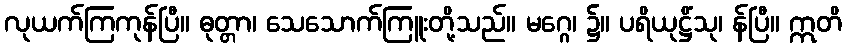
လုယက်ကြကုန်ပြီ။ ဓုတ္တာ၊ သေသောက်ကြူးတို့သည်။ မဂ္ဂေ၊ ၌။ ပရိယုဋ္ဌိံသု၊ န်ပြီ။ ဣတိ